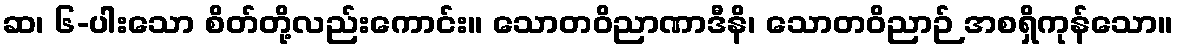
ဆ၊ ၆-ပါးသော စိတ်တို့လည်းကောင်း။ သောတဝိညာဏာဒီနိ၊ သောတဝိညာဉ် အစရှိကုန်သော။